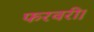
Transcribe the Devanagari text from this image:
फरवरी।